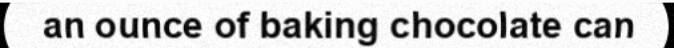
an ounce of baking chocolate can